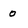
Character: o